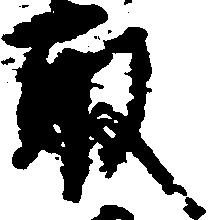
取